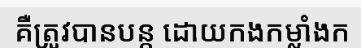
គឺត្រូវបានបន្ត ដោយកងកម្លាំងក